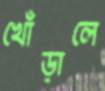
খোঁড়ালে